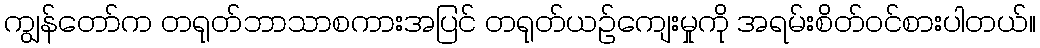
ကျွန်တော်က တရုတ်ဘာသာစကားအပြင် တရုတ်ယဉ်ကျေးမှုကို အရမ်းစိတ်ဝင်စားပါတယ်။